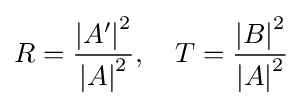
R={\frac {\left|A'\right|^{2}}{\left|A\right|^{2}}},\quad T={\frac {\left|B\right|^{2}}{\left|A\right|^{2}}}